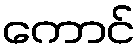
ကောင်